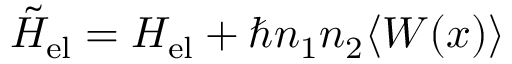
\tilde { H } _ { \mathrm { e l } } = H _ { \mathrm { e l } } + \hbar n _ { 1 } n _ { 2 } \langle W ( x ) \rangle